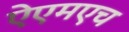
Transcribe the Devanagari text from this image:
ऐएमएच